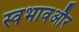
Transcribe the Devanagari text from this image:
स्वभावऔर